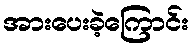
အားပေးခဲ့ကြောင်း